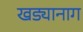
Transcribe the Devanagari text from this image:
खड्यानाग